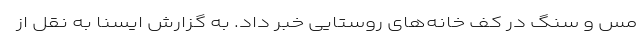
مس و سنگ در کف خانه‌های روستایی خبر داد. به گزارش ایسنا به نقل از